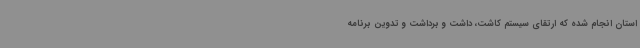
استان انجام شده که ارتقای سیستم کاشت، داشت و برداشت و تدوین برنامه